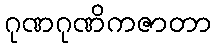
ဂုဏဂုဏိကဇာတာ